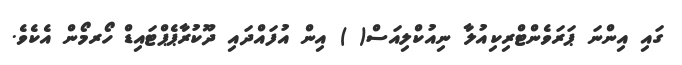
ގައި އިންނަ ޕަރަވެންޓްރިކިއުލާ ނިއުކްލިއަސް( ) އިން އުފައްދައި ދޫކުރާޕެޕްޓައިޑް ހޯރމޯން އެކެވެ.